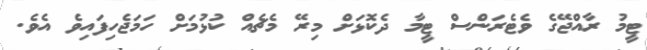
ޓީމު ރާއްޖޭގެ ވެޓެރަންސް ޓީމާ ދެކޮޅަށް މިރޭ މެޗެއް ކުޅުމަށް ހަމަޖެހިފައިވެ އެވެ.